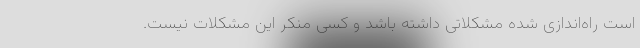
است راه‌اندازی شده مشکلاتی داشته باشد و کسی منکر این مشکلات نیست.